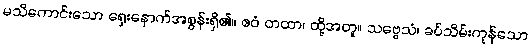
မသိကောင်းသော ရှေးနောက်အစွန်းရှိ၏။ ဧဝံ တထာ၊ ထို့အတူ။ သဗ္ဗေသံ၊ ခပ်သိမ်းကုန်သော